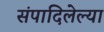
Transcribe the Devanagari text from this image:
संपादिलेल्या